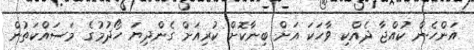
އަންހެން ކުއްޖާ ދެއްކި ވާހަކަ އަށް ބިނާކޮށް ކުރިއަށް ގެންދިޔަ ހޯދުމުގެ މަސައްކަތުން